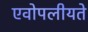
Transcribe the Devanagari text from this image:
एवोपलीयते